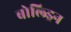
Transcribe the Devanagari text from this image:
बोल्ड्रिन